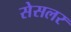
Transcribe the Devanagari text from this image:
सेसलर